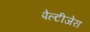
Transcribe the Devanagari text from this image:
पेल्टीजेरा